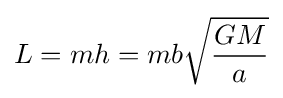
L=mh=mb{\sqrt {\frac {GM}{a}}}